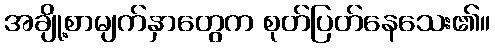
အချို့စာမျက်နှာတွေက စုတ်ပြတ်နေသေး၏။